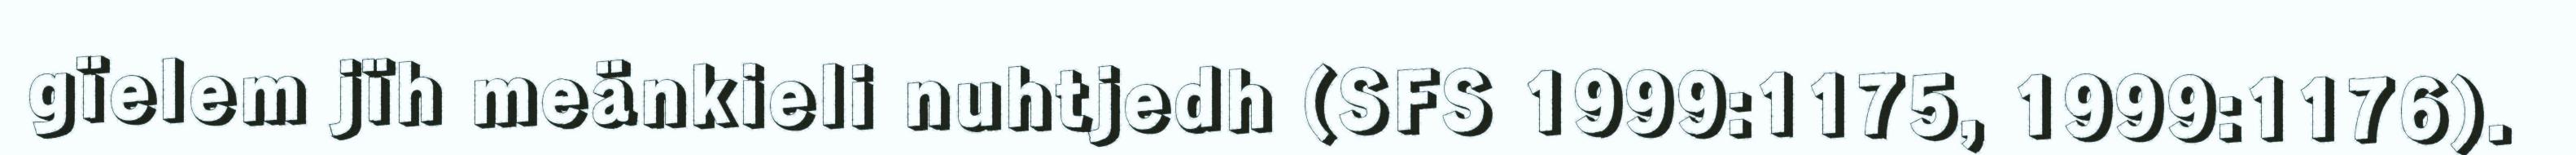
gïelem jïh meänkieli nuhtjedh (SFS 1999:1175, 1999:1176).